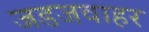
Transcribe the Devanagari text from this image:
जडजवाहर